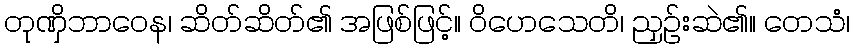
တုဏှိဘာဝေန၊ ဆိတ်ဆိတ်၏ အဖြစ်ဖြင့်။ ဝိဟေသေတိ၊ ညှဉ်းဆဲ၏။ တေသံ၊